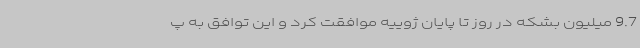
9.7 میلیون بشکه در روز تا پایان ژوییه موافقت کرد و این توافق به پ